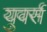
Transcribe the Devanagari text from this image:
युवर्स